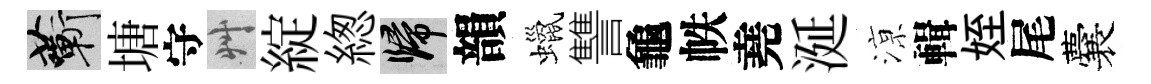
蔪塘守艸綻緫歸韻蠟讐龜帙堯涎鿌輯姪尾囊